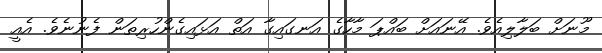
މޫނަށް ބަލާލިއެވެ. އޭނައަށް ބައްޕަ މާހާގެ އަނގައިގާ އަތް އަޅައިގެންހުރިތަން ފެނުނެވެ. އެއީ